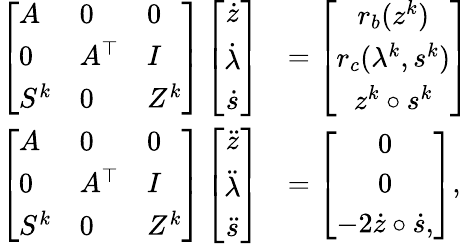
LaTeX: \begin{array}{rl}{\left[\begin{array}{lll}{A}&{0}&{0}\\ {0}&{A^{\top}}&{I}\\ {S^{k}}&{0}&{Z^{k}}\end{array}\right]\left[\begin{array}{c}{\dot{z}}\\ {\dot{\lambda}}\\ {\dot{s}}\end{array}\right]}&{=\left[\begin{array}{c}{r_{b}(z^{k})}\\ {r_{c}(\lambda^{k},s^{k})}\\ {z^{k}\circ s^{k}}\end{array}\right]}\\ {\left[\begin{array}{lll}{A}&{0}&{0}\\ {0}&{A^{\top}}&{I}\\ {S^{k}}&{0}&{Z^{k}}\end{array}\right]\left[\begin{array}{c}{\ddot{z}}\\ {\ddot{\lambda}}\\ {\ddot{s}}\end{array}\right]}&{=\left[\begin{array}{c}{0}\\ {0}\\ {-2\dot{z}\circ\dot{s},}\end{array}\right],}\end{array}